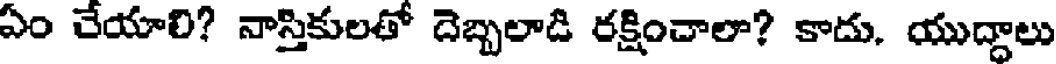
ఏం చేయాలి? నాస్తికులతో దెబ్బలాడి రక్షించాలా? కాదు. యుద్దాలు